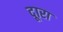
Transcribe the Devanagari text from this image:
दूारा